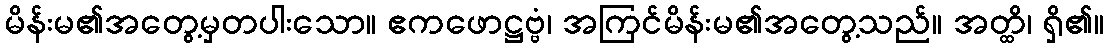
မိန်းမ၏အတွေ့မှတပါးသော။ ဧကဖောဋ္ဌဗ္ဗံ၊ အကြင်မိန်းမ၏အတွေ့သည်။ အတ္ထိ၊ ရှိ၏။